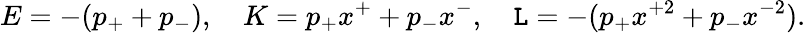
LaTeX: E=-(p_{+}+p_{-}),~~~~K=p_{+}x^{+}+p_{-}x^{-},~~~~\mathtt{L}=-(p_{+}x^{+2}+p_{-}x^{-2}).